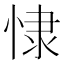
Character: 㥆